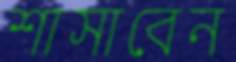
শাসাবেন